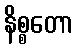
နိစ္စတော